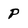
Character: P